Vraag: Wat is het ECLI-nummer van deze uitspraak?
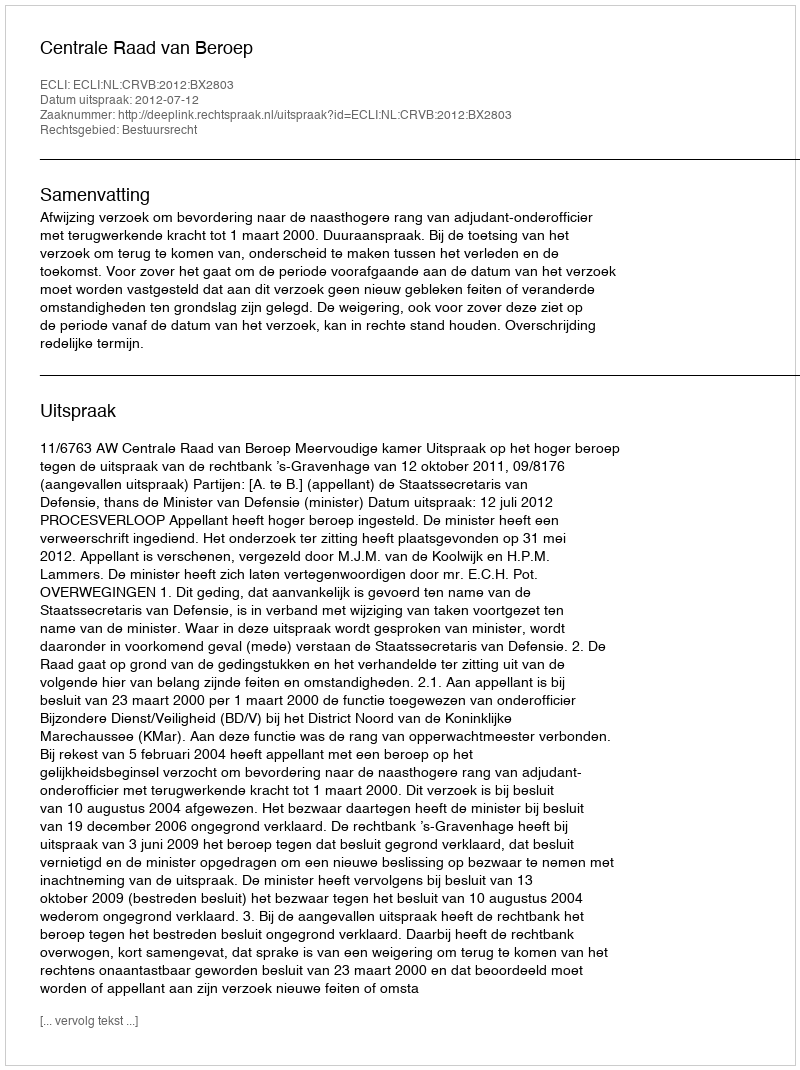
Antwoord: ECLI:NL:CRVB:2012:BX2803